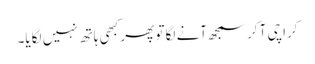
کراچی آ کر سمجھ آنے لگا تو پھر کبھی ہاتھ نہیں لگایا۔